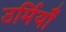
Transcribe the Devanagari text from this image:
उर्मियाँ